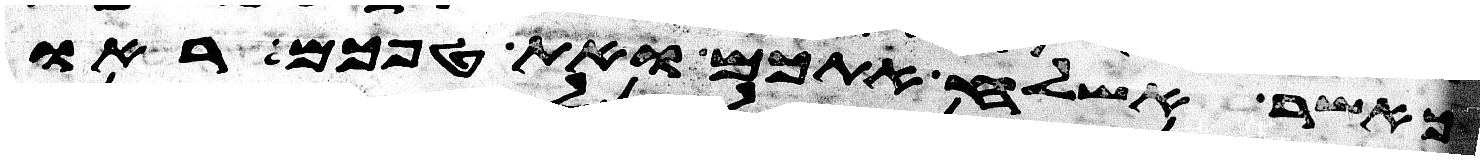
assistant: כאשר אשלח אתכם ואת טפכם ראו